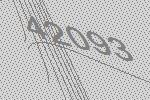
42093